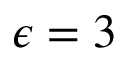
\epsilon = 3